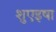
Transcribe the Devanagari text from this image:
शुएइषा